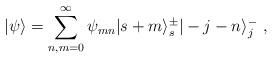
LaTeX: \begin{align*}|\psi\rangle=\sum_{n,m=0}^{\infty}\psi_{mn}|s+m\rangle_s^{\pm}|-j-n\rangle_j^-~,\end{align*}